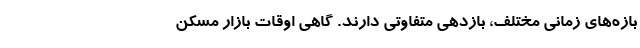
بازه‌های زمانی مختلف، بازدهی متفاوتی دارند. گاهی اوقات بازار مسکن